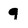
Character: q